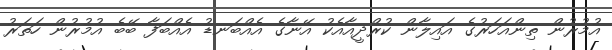
އުމުރުން ތިންއަހަރުގެ އައިލާން ކުރްދީއާއެކު އޭނާގެ އެއްބަނޑު އެއްބަފާ ބޭބެ އުމުރުން ހަތަރު